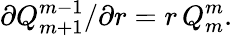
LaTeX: \partial Q_{m+1}^{m-1}/\partial r=r\, Q_{m}^{m}.